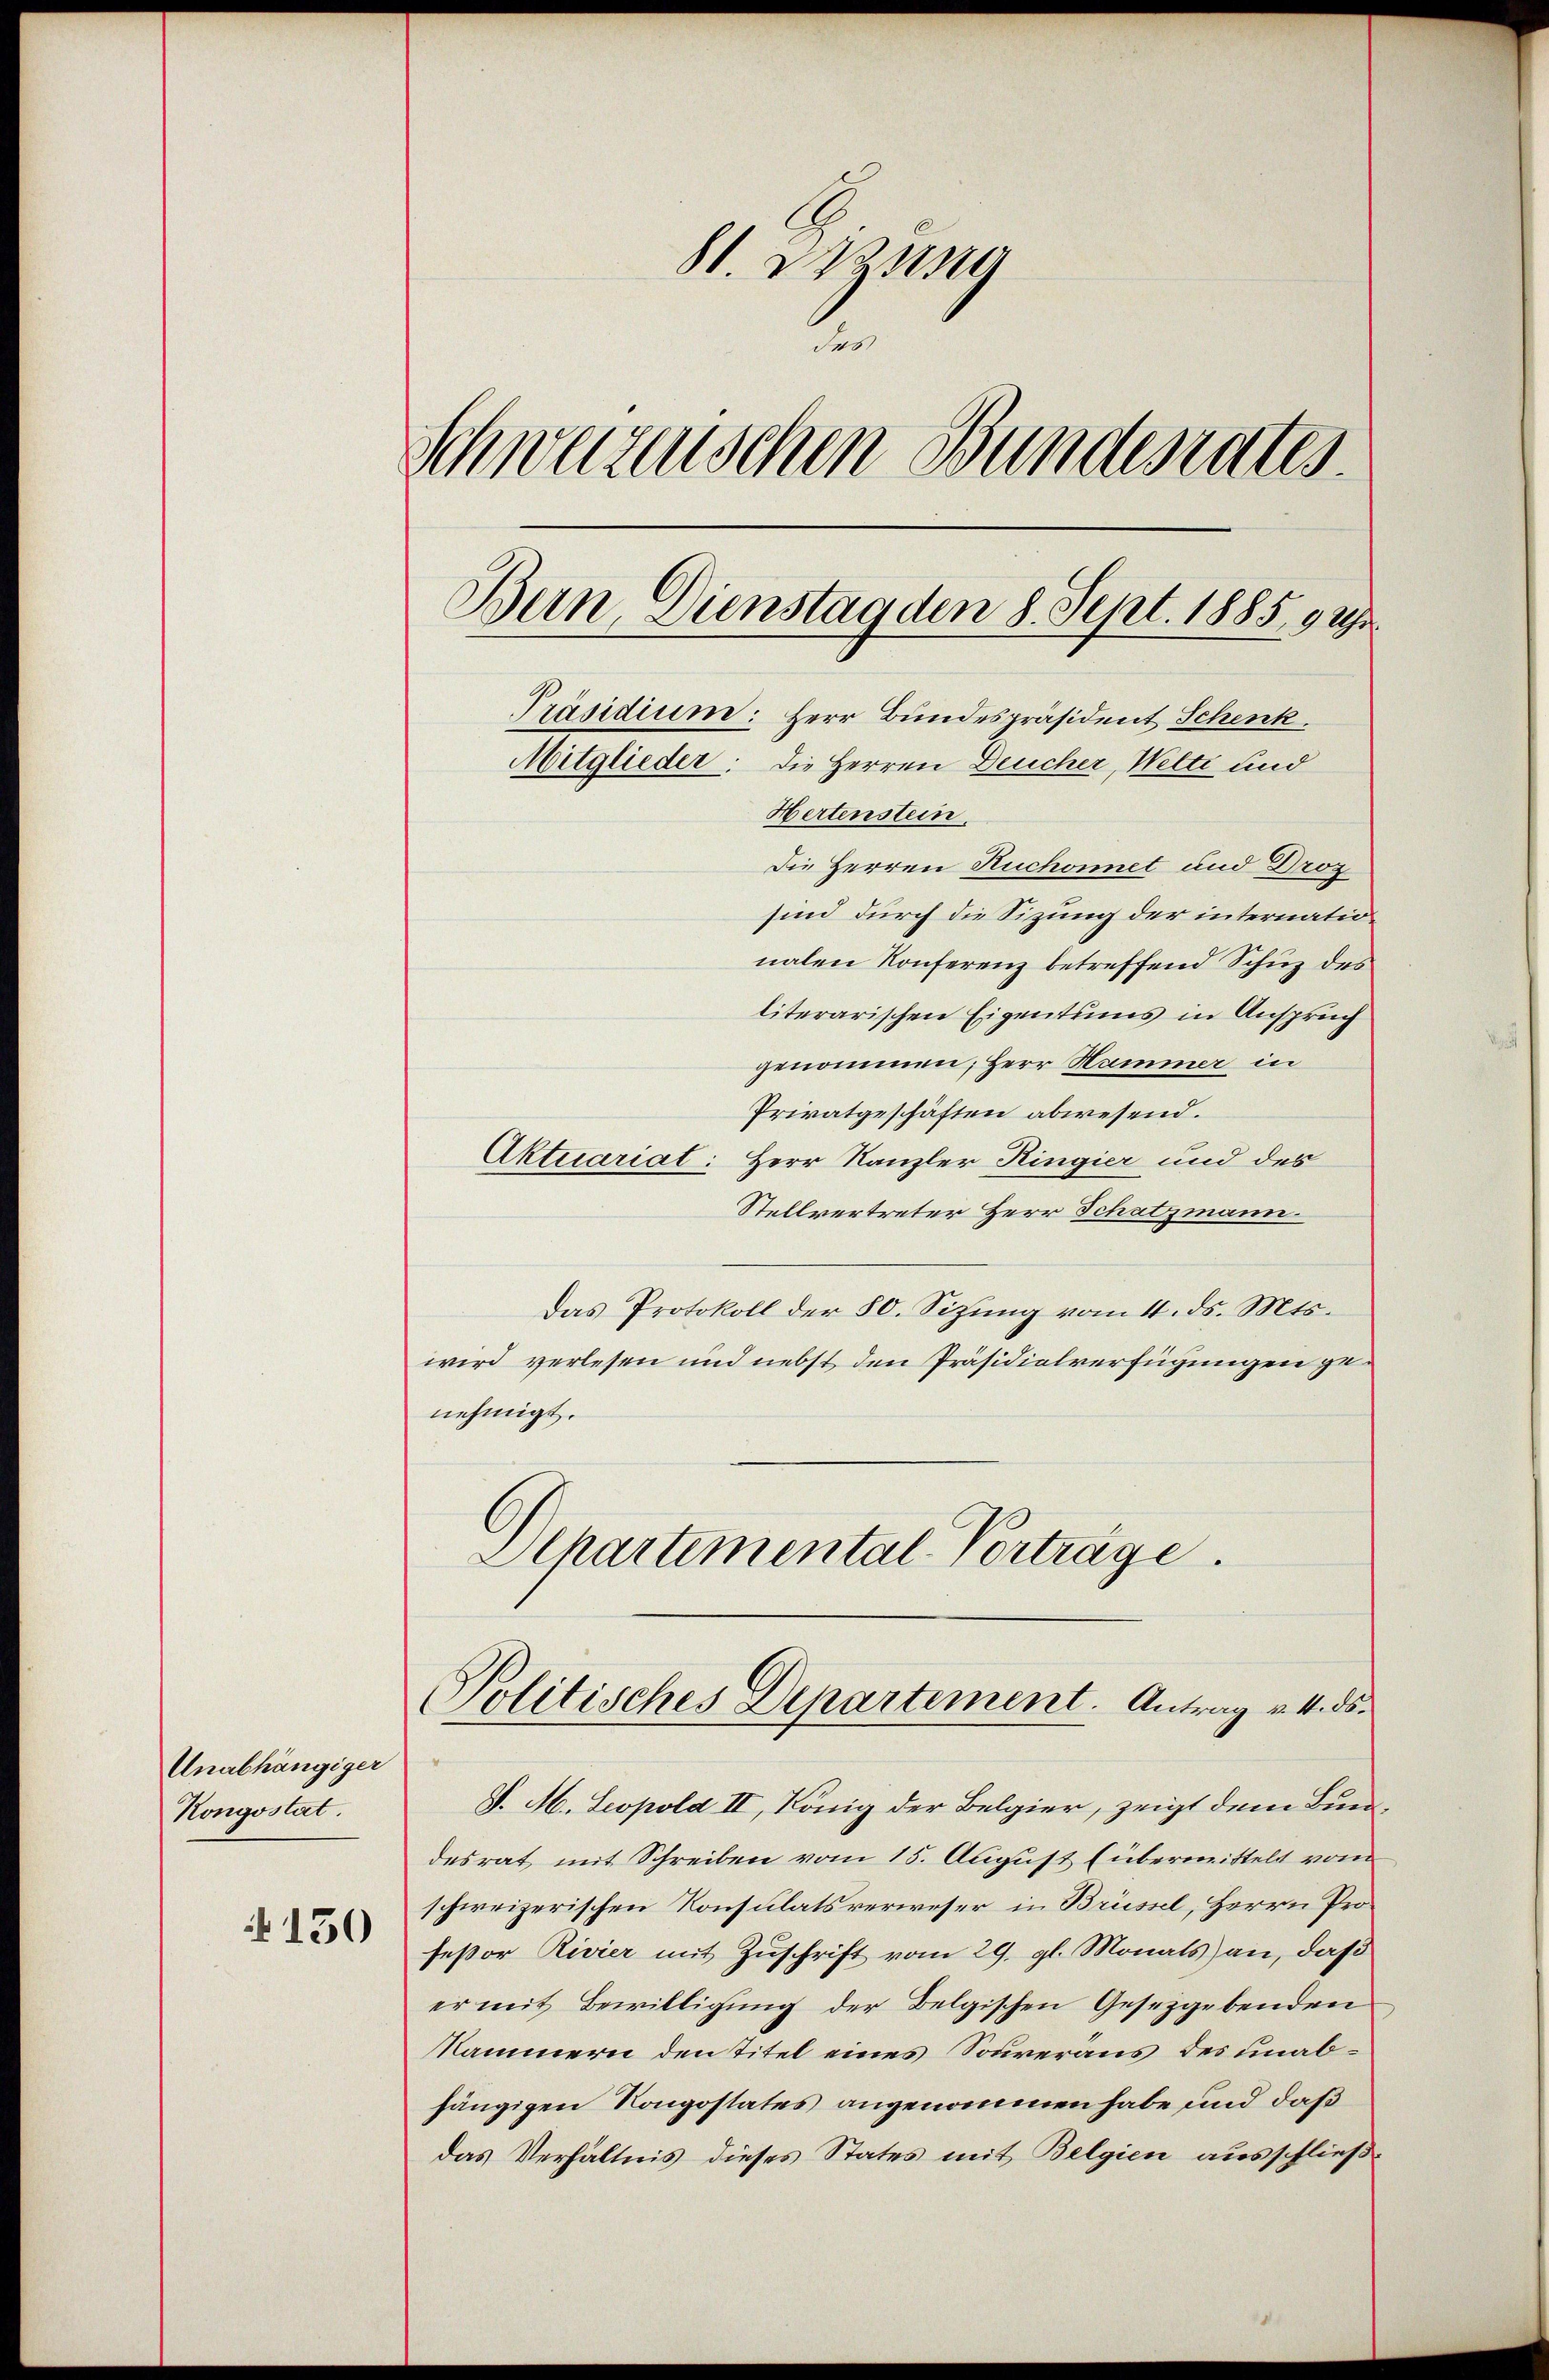
Unabhängiger
Kongostat.

150

St. Jung
2
Schwazuischen Bundesrates.
Bern, Dienstag den 8. Sept. 1885. 9 U
Präsidium: Herr Bundespräsident Schenk.
Mitglieder: die Herren Deucher, Welti und
Hertenstein.

Die Herren Ruchonnet und Droz
sind durch die Sizung der internationalen Konferenz betreffend Schuz des
literarischen Eigentums in Anspruch
genommen, Herr Hammer in
Privatgeschäften abwesend.
Aktuariat: Herr Kanzler Ringier und des
Stellvertreter Herr Schatzmann.
Das Protokoll der 80. Sizŭng vom 4. ds. Mts.
wird verlesen und nebst den Präsidialverfügungen genehmigt.
Schartemental-Vorträge.

Politisches Departement. Antrag v. 4. ds.

S. M. Leopold II, König der Belgier, zeigt dem Bundesrat mit Schreiben vom 15. August (übermittelt vom
schweizerischen Konsulatsverweser in Brüssel, Herrn Profeßor Rivier mit Zuschrift vom 29. gl. Monats an, daß
er mit Bewilligung der Belgischen Gesetzgebenden
Nammern den Titel eines Souveraus des unabhängigen Konpostates angenommen habe und daß
das Verhältnis dieses States mit Belgien ausschließ¬